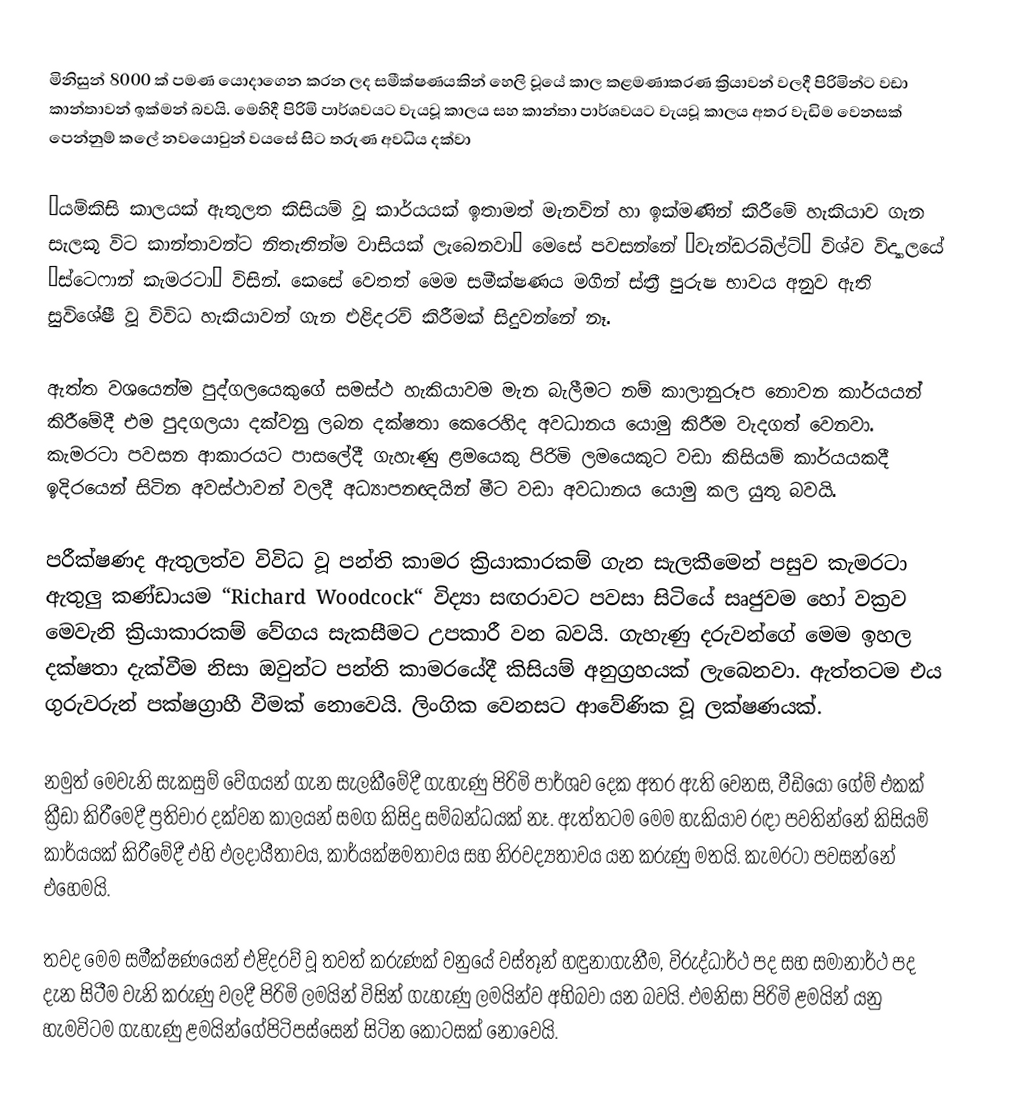
මිනිසුන් 8000 ක් පමණ යොදාගෙන කරන ලද සමීක්ෂණයකින් හෙලි වූයේ කාල කළමණාකරණ ක්‍රියාවන් වලදී පිරිමින්ට වඩා කාන්තාවන් ඉක්මන් බවයි. මෙහිදී පිරිමි පාර්ශවයට වැයවූ කාලය සහ කාන්තා පාර්ශවයට වැයවූ කාලය අතර වැඩිම වෙනසක් පෙන්නුම් කලේ නවයොවුන් වයසේ සිට තරුණ අවධිය දක්වා

“යම්කිසි කාලයක් ඇතුලත කිසියම් වූ කාර්යයක් ඉතාමත් මැනවින් හා ඉක්මණින් කිරීමේ හැකියාව ගැන සැලකූ විට කාන්තාවන්ට නිතැතින්ම වාසියක් ලැබෙනවා“ මෙසේ පවසන්නේ “වැන්ඩරබිල්ට්“ විශ්ව විද්‍යාලයේ “ස්ටෙෆාන් කැමරටා“ විසින්. කෙසේ වෙතත් මෙම සමීක්ෂණය මගින් ස්ත්‍රී පුරුෂ භාවය අනුව ඇති සුවිශේෂී වූ විවිධ හැකියාවන් ගැන එළිදරව් කිරීමක් සිදුවන්නේ නෑ.

ඇත්ත වශයෙන්ම පුද්ගලයෙකුගේ සමස්ථ හැකියාවම මැන බැලීමට නම් කාලානුරූප නොවන කාර්යයන් කිරීමේදී එම පුදගලයා දක්වනු ලබන දක්ෂතා කෙරෙහිද අවධානය යොමු කිරීම වැදගත් වෙනවා. කැමරටා පවසන ආකාරයට පාසලේදී ගැහැණු ළමයෙකු පිරිමි ලමයෙකුට වඩා කිසියම් කාර්යයකදී ඉදිරයෙන් සිටින අවස්ථාවන් වලදී අධ්‍යාපනඥයින් මීට වඩා අවධානය යොමු කල යුතු බවයි.

පරීක්ෂණද ඇතුලත්ව විවිධ වූ පන්ති කාමර ක්‍රියාකාරකම් ගැන සැලකීමෙන් පසුව කැමරටා ඇතුලු කණ්ඩායම “Richard Woodcock“ විද්‍යා සඟරාවට පවසා සිටියේ සෘජුවම හෝ වක්‍රව මෙවැනි ක්‍රියාකාරකම් වේගය සැකසීමට උපකාරී වන බවයි. ගැහැණු දරුවන්ගේ මෙම ඉහල දක්ෂතා දැක්වීම නිසා ඔවුන්ට පන්ති කාමරයේදී කිසියම් අනුග්‍රහයක් ලැබෙනවා. ඇත්තටම එය ගුරුවරුන් පක්ෂග්‍රාහී වීමක් නොවෙයි. ලිංගික වෙනසට ආවේණික වූ ලක්ෂණයක්.

නමුත් මෙවැනි සැකසුම් වේගයන් ගැන සැලකීමේදී ගැහැණු පිරිමි පාර්ශව දෙක අතර ඇති වෙනස, වීඩියෝ ගේම් එකක් ක්‍රීඩා කිරීමෙදී ප්‍රතිචාර දක්වන කාලයන් සමග කිසිදු සම්බන්ධයක් නෑ. ඇත්තටම මෙම හැකියාව රඳා පවතින්නේ කිසියම් කාර්යයක් කිරීමේදී එහි ඵලදායීතාවය, කාර්යක්ෂමතාවය සහ නිරවද්‍යතාවය යන කරුණු මතයි. කැමරටා පවසන්නේ එහෙමයි.

තවද මෙම සමීක්ෂණයෙන් එළිදරව් වූ තවත් කරුණක් වනුයේ වස්තූන් හඳුනාගැනීම, විරුද්ධාර්ථ පද සහ සමානාර්ථ පද දැන සිටීම වැනි කරුණු වලදී පිරිමි ලමයින් විසින් ගැහැණු ලමයින්ව අභිබවා යන බවයි. එමනිසා පිරිමි ළමයින් යනු හැමවිටම ගැහැණු ළමයින්ගේපිටිපස්සෙන් සිටින කොටසක් නොවෙයි.